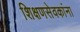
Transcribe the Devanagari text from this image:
शिक्षणसेवकांना